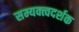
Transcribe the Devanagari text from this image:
सम्यक्त्वदर्शक